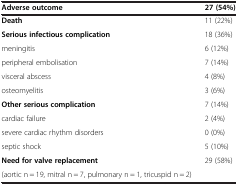
<table><thead><tr><td><b>Adverse outcome</b></td><td><b>27 (54%)</b></td></tr></thead><tbody><tr><td><b>Death</b></td><td>11 (22%)</td></tr><tr><td><b>Serious infectious complication</b></td><td>18 (36%)</td></tr><tr><td>meningitis</td><td>6 (12%)</td></tr><tr><td>peripheral embolisation</td><td>7 (14%)</td></tr><tr><td>visceral abscess</td><td>4 (8%)</td></tr><tr><td>osteomyelitis</td><td>3 (6%)</td></tr><tr><td><b>Other serious complication</b></td><td>7 (14%)</td></tr><tr><td>cardiac failure</td><td>2 (4%)</td></tr><tr><td>severe cardiac rhythm disorders</td><td>0 (0%)</td></tr><tr><td>septic shock</td><td>5 (10%)</td></tr><tr><td><b>Need for valve replacement</b></td><td>29 (58%)</td></tr><tr><td>(aortic n = 19, mitral n = 7, pulmonary n = 1, tricuspid n = 2)</td><td>[EMPTY_CELL]</td></tr></tbody></table>